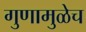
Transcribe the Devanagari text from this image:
गुणामुळेच